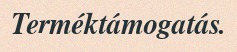
Terméktámogatás.